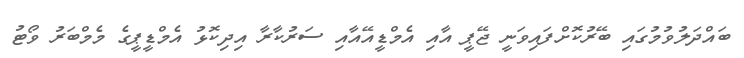
ބައްދަލުވުމުގައި ބޭރުކޮށްފައިވަނީ ޖޭޕީ އާއި އެމްޑީއޭއާއި ސަރުކާރާ އިދިކޮޅު އެމްޑީޕީގެ މެމްބަރު ވޯޓު